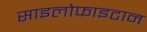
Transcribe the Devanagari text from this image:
साइलोफाइटान